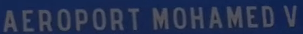
AEROPORT MOHAMED V